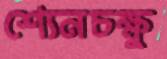
শ্যেনচক্ষু